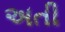
અતી